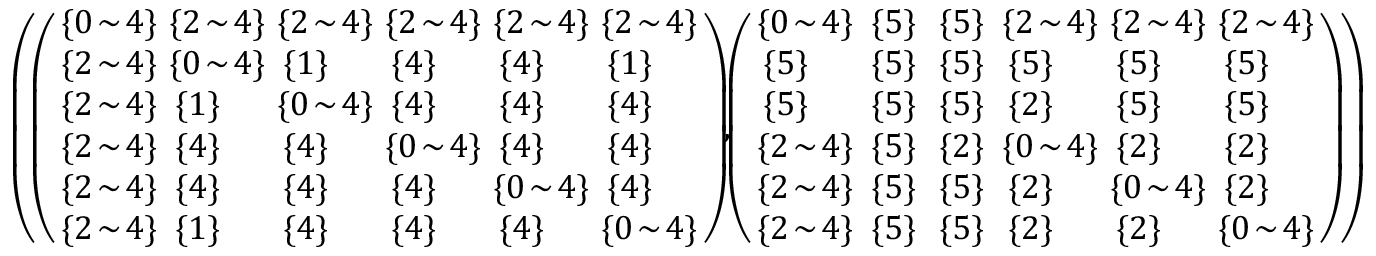
\begin{array} { r } { \left( \! \left( \begin{array} { l l l l l l } { \! \! \{ 0 \! \sim \! 4 \} \! \! } & { \! \! \{ 2 \! \sim \! 4 \} \! \! } & { \! \! \{ 2 \! \sim \! 4 \} \! \! } & { \! \! \{ 2 \! \sim \! 4 \} \! \! } & { \! \! \{ 2 \! \sim \! 4 \} \! \! } & { \! \! \{ 2 \! \sim \! 4 \} \! \! } \\ { \! \! \{ 2 \! \sim \! 4 \} \! \! } & { \! \! \{ 0 \! \sim \! 4 \} \! \! } & { \! \{ 1 \} \! } & { \! \{ 4 \} \! } & { \! \{ 4 \} \! } & { \! \{ 1 \} \! } \\ { \! \! \{ 2 \! \sim \! 4 \} \! \! } & { \! \{ 1 \} \! } & { \! \! \{ 0 \! \sim \! 4 \} \! \! } & { \! \{ 4 \} \! } & { \! \{ 4 \} \! } & { \! \{ 4 \} \! } \\ { \! \! \{ 2 \! \sim \! 4 \} \! \! } & { \! \{ 4 \} \! } & { \! \{ 4 \} \! } & { \! \! \{ 0 \! \sim \! 4 \} \! \! } & { \! \{ 4 \} \! } & { \! \{ 4 \} \! } \\ { \! \! \{ 2 \! \sim \! 4 \} \! \! } & { \! \{ 4 \} \! } & { \! \{ 4 \} \! } & { \! \{ 4 \} \! } & { \! \! \{ 0 \! \sim \! 4 \} \! \! } & { \! \{ 4 \} \! } \\ { \! \! \{ 2 \! \sim \! 4 \} \! \! } & { \! \{ 1 \} \! } & { \! \{ 4 \} \! } & { \! \{ 4 \} \! } & { \! \{ 4 \} \! } & { \! \! \{ 0 \! \sim \! 4 \} \! \! } \end{array} \right) \! \! , \! \! \left( \begin{array} { l l l l l l } { \! \! \{ 0 \! \sim \! 4 \} \! \! } & { \! \{ 5 \} \! } & { \! \{ 5 \} \! } & { \! \! \{ 2 \! \sim \! 4 \} \! \! } & { \! \! \{ 2 \! \sim \! 4 \} \! \! } & { \! \! \{ 2 \! \sim \! 4 \} \! \! } \\ { \! \{ 5 \} \! } & { \! \{ 5 \} \! } & { \! \{ 5 \} \! } & { \! \{ 5 \} \! } & { \! \{ 5 \} \! } & { \! \{ 5 \} \! } \\ { \! \{ 5 \} \! } & { \! \{ 5 \} \! } & { \! \{ 5 \} \! } & { \! \{ 2 \} \! } & { \! \{ 5 \} \! } & { \! \{ 5 \} \! } \\ { \! \! \{ 2 \! \sim \! 4 \} \! \! } & { \! \{ 5 \} \! } & { \! \{ 2 \} \! } & { \! \! \{ 0 \! \sim \! 4 \} \! \! } & { \! \{ 2 \} \! } & { \! \{ 2 \} \! } \\ { \! \! \{ 2 \! \sim \! 4 \} \! \! } & { \! \{ 5 \} \! } & { \! \{ 5 \} \! } & { \! \{ 2 \} \! } & { \! \! \{ 0 \! \sim \! 4 \} \! \! } & { \! \{ 2 \} \! } \\ { \! \! \{ 2 \! \sim \! 4 \} \! \! } & { \! \{ 5 \} \! } & { \! \{ 5 \} \! } & { \! \{ 2 \} \! } & { \! \{ 2 \} \! } & { \! \! \{ 0 \! \sim \! 4 \} \! \! } \end{array} \right) \! \right) } \end{array}